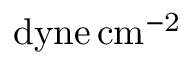
\mathrm { { d y n e \thinspace c m ^ { - 2 } } }